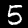
Digit: 5